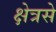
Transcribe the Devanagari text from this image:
क्षेत्रसे